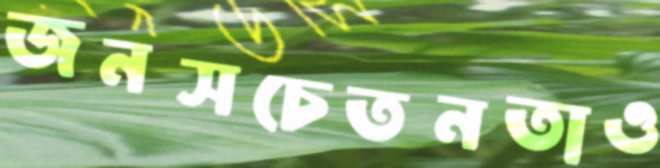
জনসচেতনতাও